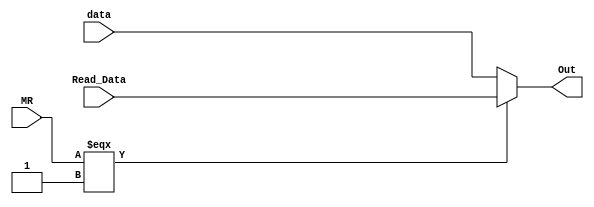
module Mux_WB( Read_Data, MR,data, Out);

input [15:0] Read_Data,data;
input MR;
output  [15:0] Out;

assign Out=(MR===1'b1)?Read_Data:data;

endmodule